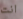
انت